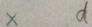
x d